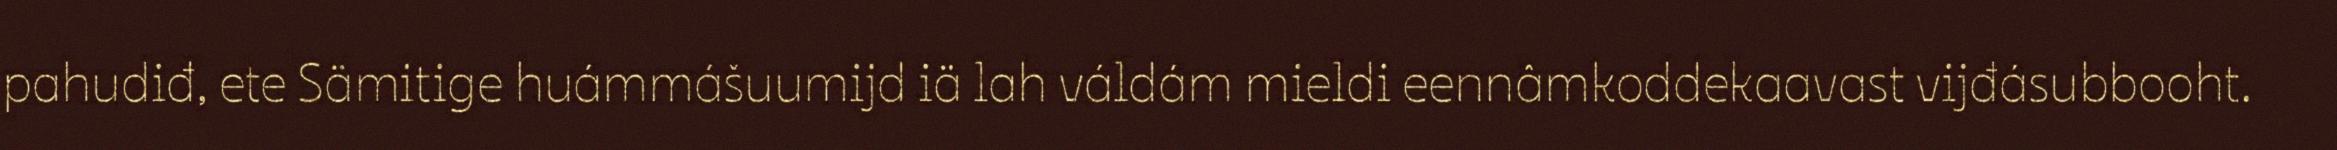
pahudiđ, ete Sämitige huámmášuumijd iä lah váldám mieldi eennâmkoddekaavast vijđásubbooht.